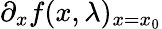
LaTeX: \partial_{x}f(x,\lambda)_{x=x_{0}}